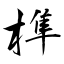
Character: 榫